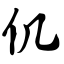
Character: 仉